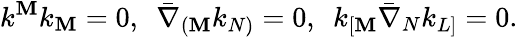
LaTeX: k^{\mathbf{M}}k_{\mathbf{M}}=0,~~\bar{{\nabla}}_{(\mathbf{M}}k_{N)}=0,~~k_{[\mathbf{M}}\bar{{\nabla}}_{N}k_{L]}=0.